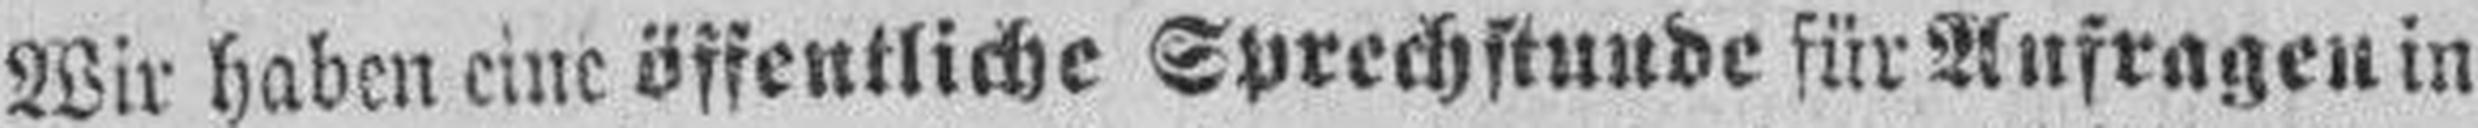
Wir haben eine öffentliche Sprechstunde für Anfragen in